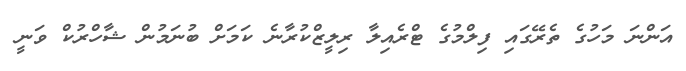
އަންނަ މަހުގެ ތެރޭގައި ފިލްމުގެ ޓްރެއިލާ ރިލީޒްކުރާނެ ކަމަށް ބުނަމުން ޝާހްރުކް ވަނީ